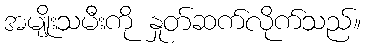
အမျိုးသမီးကို နှုတ်ဆက်လိုက်သည်။